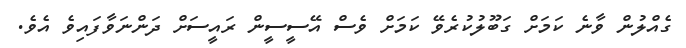
ގެއްލުން ވާނެ ކަމަށް ގަބޫލުކުރެވޭ ކަމަށް ވެސް އޭސީސީން ރައީސަށް ދަންނަވާފައިވެ އެވެ.